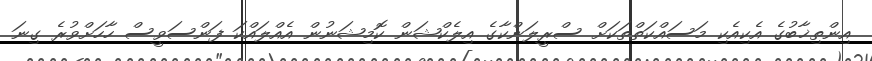
އިންތިޚާބުގެ އެކިއެކި މަސައްކަތްތަކަށް ސްރީލަންކާގެ އިލެކްޝަން ކޮމިޝަނުން އެއްލައްކަ ފަންސަވީސް ހާހަށްވުރެ ގިނަ